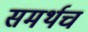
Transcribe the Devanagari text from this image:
समर्थच